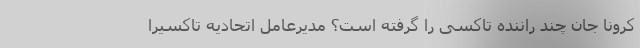
کرونا جان چند راننده تاکسی را گرفته است؟ مدیرعامل اتحادیه تاکسیرا